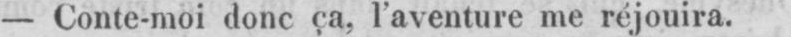
- Conte-moi donc ça, l’aventure me réjouira.